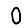
Digit: 0